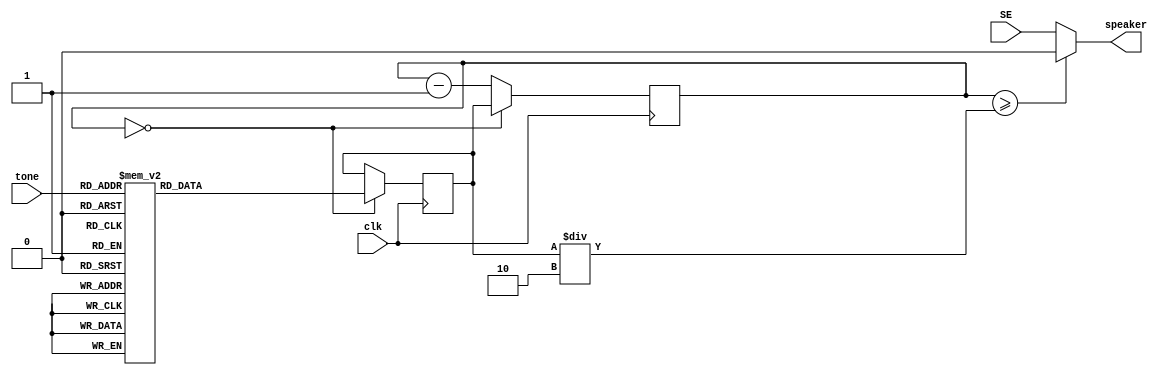
module speaker(output reg speaker, input [2:0] tone, input clk, input SE);
    // initiate counter load
    reg [17:0] ctr;
    reg [17:0] loadvalue;
    // down counter with the counter loads
    always@(posedge clk) begin
        ctr <= ctr - 1;
        if(ctr == 0) begin
            case(tone) 
            3'b000: loadvalue<=227272;
            3'b001: loadvalue<=202478; 
            3'b010: loadvalue<=180384;
            3'b011: loadvalue<=170262;
            3'b100: loadvalue<=151686; 
            3'b101: loadvalue<=135136; 
            3'b110: loadvalue<=120392; 
            3'b111: loadvalue<=113636; 
            default: loadvalue<=227272; 
            endcase
            ctr<=loadvalue; 
        end
    end
    
    
    always @* begin
        if(ctr >= loadvalue / 2) begin 
            speaker = 0; 
        end 
        else begin
            speaker = SE;
        end
    end
    
        
endmodule